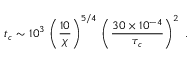
t _ { c } \sim 1 0 ^ { 3 } \, \left( \frac { 1 0 } { \chi } \right) ^ { 5 / 4 } \, \left( \frac { 3 0 \times 1 0 ^ { - 4 } } { \tau _ { c } } \right) ^ { 2 } \; .